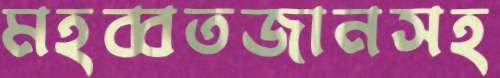
মহব্বতজানসহ